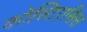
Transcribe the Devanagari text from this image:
कोस्टिएसिस